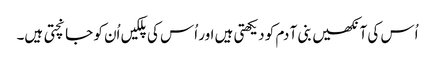
اُس کی آنکھیں بنی آ دم کو دیکھتی ہیں اور اُس کی پلکیں اُن کو جانچتی ہیں۔